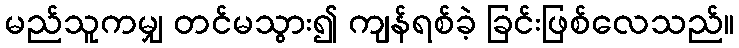
မည်သူကမျှ တင်မသွား၍ ကျန်ရစ်ခဲ့ ခြင်းဖြစ်လေသည်။